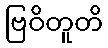
ဗြဝိတူတိ